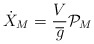
\begin{align*}\dot{X}_{M}=\frac{V}{\overline{g}}{\mathcal{P}}_{M}\end{align*}